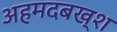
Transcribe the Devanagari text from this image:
अहमदबख्श